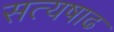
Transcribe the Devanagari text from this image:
सत्यषाढ